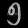
Digit: ၅